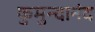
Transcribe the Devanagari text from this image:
कुमुन्दानंद